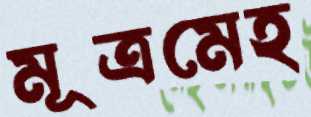
মূত্রমেহ